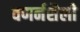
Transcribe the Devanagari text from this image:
वणर्नशैली